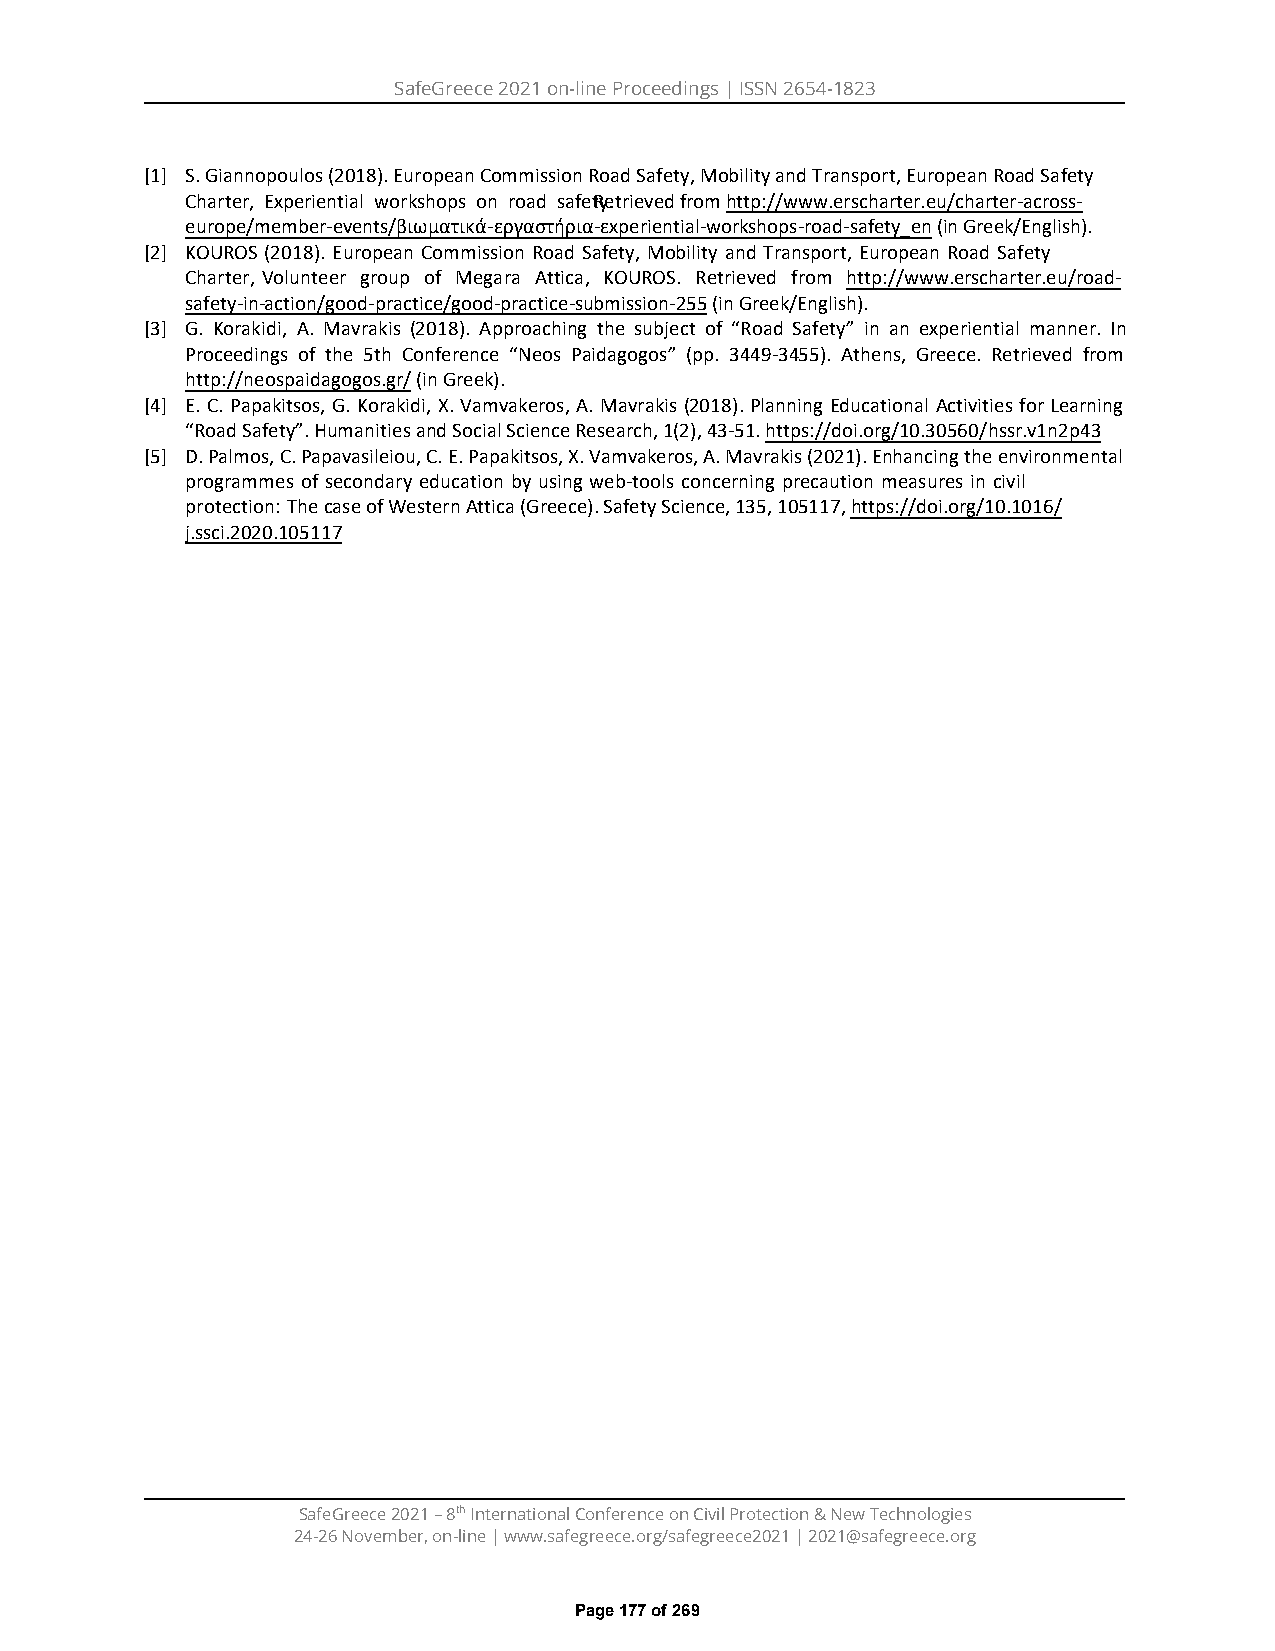
SafeGreece 2021 on-line Proceedings | ISSN 2654-1823
 [1] S. Giannopoulos (2018). European Commission Road Safety, Mobility and Transport, European Road Safety
 Charter, Experiential workshops on road safe tRye.trieved from http://www.erscharter.eu/charter-across-
 europe/member-events/βιωματικά-εργαστήρια-εxperiential-workshops-road-safety_en (in Greek/English).
 [2] KOUROS (2018). European Commission Road Safety, Mobility and Transport, European Road Safety
 Charter, Volunteer group of Megara Attica, KOUROS. Retrieved from http://www.erscharter.eu/road-
 safety-in-action/good-practice/good-practice-submission-255 (in Greek/English).
 [3] G. Korakidi, A. Mavrakis (2018). Approaching the subject of “Road Safety” in an experiential manner. In
 Proceedings of the 5th Conference “Neos Paidagogos” (pp. 3449-3455). Athens, Greece. Retrieved from
 http://neospaidagogos.gr/ (in Greek).
 [4] E. C. Papakitsos, G. Korakidi, X. Vamvakeros, A. Mavrakis (2018). Planning Educational Activities for Learning
 “Road Safety”. Humanities and Social Science Research, 1(2), 43-51. https://doi.org/10.30560/hssr.v1n2p43
 [5] D. Palmos, C. Papavasileiou, C. E. Papakitsos, X. Vamvakeros, A. Mavrakis (2021). Enhancing the environmental
 programmes of secondary education by using web-tools concerning precaution measures in civil
 protection: The case of Western Attica (Greece). Safety Science, 135, 105117, https://doi.org/10.1016/
 j.ssci.2020.105117
 SafeGreece 2021 – 8th International Conference on Civil Protection & New Technologies
 24-26 November, on-line | www.safegreece.org/safegreece2021 | 2021@safegreece.org
 Page 177 of 269